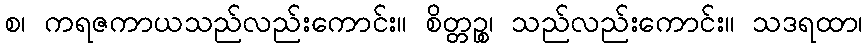
စ၊ ကရဇကာယသည်လည်းကောင်း။ စိတ္တဉ္စ၊ သည်လည်းကောင်း။ သဒရထာ၊